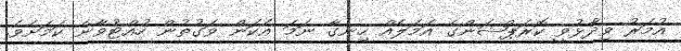
އުމަރު ވިދާޅުވީ ކޮރަޕްޝަންގެ އަމަލެއް ހިނގާ ނަމަ އެކަން ވަގުތުން ހުއްޓުވާނެ ކަމަށެވެ.